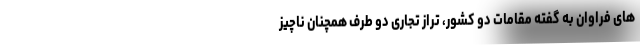
های فراوان به گفته مقامات دو کشور، تراز تجاری دو طرف همچنان ناچیز